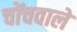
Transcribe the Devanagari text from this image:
चोंचवाले